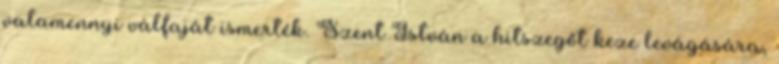
valamennyi válfaját ismerték. Szent István a hitszegőt keze levágására,